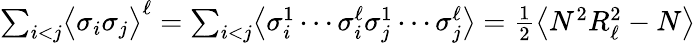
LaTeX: \begin{array}{r}{\sum_{i<j}\bigl\langle\sigma_{i}\sigma_{j}\bigr\rangle^{\ell}=\sum_{i<j}\bigl\langle\sigma_{i}^{1}\cdots\sigma_{i}^{\ell}\sigma_{j}^{1}\cdots\sigma_{j}^{\ell}\bigr\rangle=\frac{1}{2}\bigl\langle N^{2}R_{\ell}^{2}-N\bigr\rangle}\end{array}